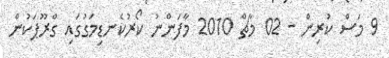
9 މަސް ކުރިން - 02 މާޗް 2010 މާފަންނު ކޯރުކެނޑިމަގުގައި ގްރޫޕަކުން